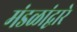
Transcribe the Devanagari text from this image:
मंडळांद्वारे